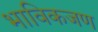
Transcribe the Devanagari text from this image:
भाविकजण